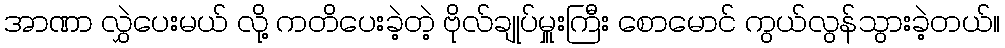
အာဏာ လွှဲပေးမယ် လို့ ကတိပေးခဲ့တဲ့ ဗိုလ်ချုပ်မှူးကြီး စောမောင် ကွယ်လွန်သွားခဲ့တယ်။